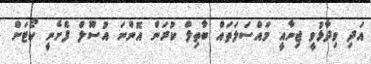
އަދި ވިދާޅުވީ ޖިނާއީ މައްސަލަތައް ބާތިލް ކުރަން އޮންނަ އުސޫލް ފެށެނީ ކޯޓަށް